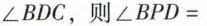
∠BDC，则∠BPD=